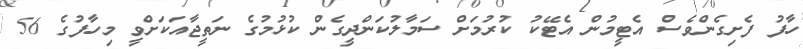
ހާފު ފެށިގެންވެސް އެޓީމުން އެޓޭކު ކުރުމަށް ސަމާލުކަންދީގެން ކުޅުމުގެ ނަތީޖާއަކަށްވީ މިހާފުގެ 56